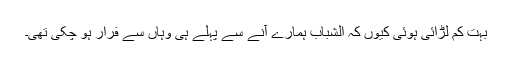
بہت کم لڑائی ہوئی کیوں کہ الشباب ہمارے آنے سے پہلے ہی وہاں سے فرار ہو چکی تھی۔